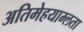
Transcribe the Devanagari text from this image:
अतिमेहयाम्लता